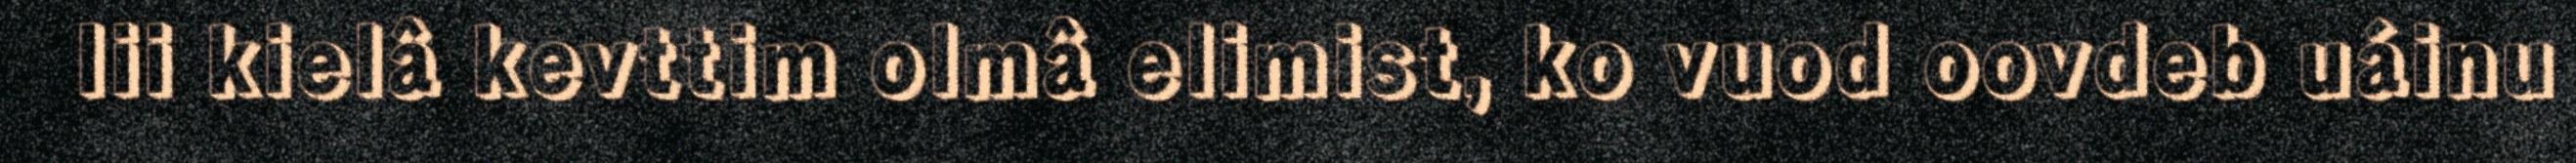
lii kielâ kevttim olmâ elimist, ko vuod oovdeb uáinu